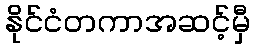
နိုင်ငံတကာအဆင့်မှီ